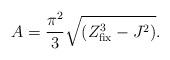
LaTeX: \begin{align*}A = {\pi^2\over 3}\sqrt{( Z_{\rm fix} ^{3}-J^2)}.\end{align*}